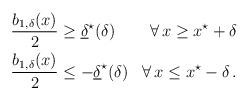
LaTeX: \begin{align*} \begin{aligned}\dfrac{b_{1,\delta}(x)}{2} &\geq \underline{\delta}^\star (\delta) &\forall \, x \geq x^\star + \delta\\\dfrac{b_{1,\delta}(x)}{2} &\leq - \underline{\delta}^\star (\delta) &\forall \, x \leq x^\star - \delta\,.\end{aligned} \end{align*}